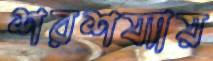
শরশয্যায়